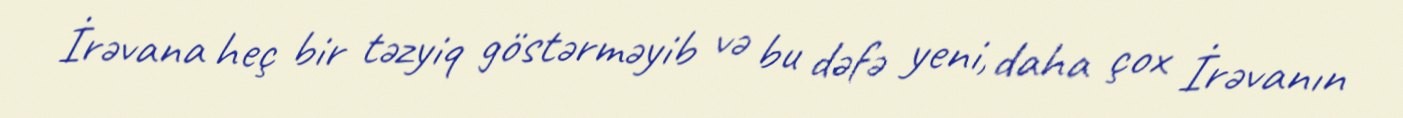
İrəvana heç bir təzyiq göstərməyib və bu dəfə yeni, daha çox İrəvanın